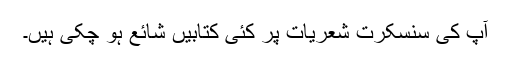
آپ کی سنسکرت شعریات پر کئی کتابیں شائع ہو چکی ہیں۔